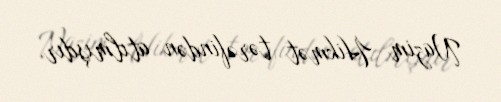
Nazim Hikmət tərəfindən atılmışdır.